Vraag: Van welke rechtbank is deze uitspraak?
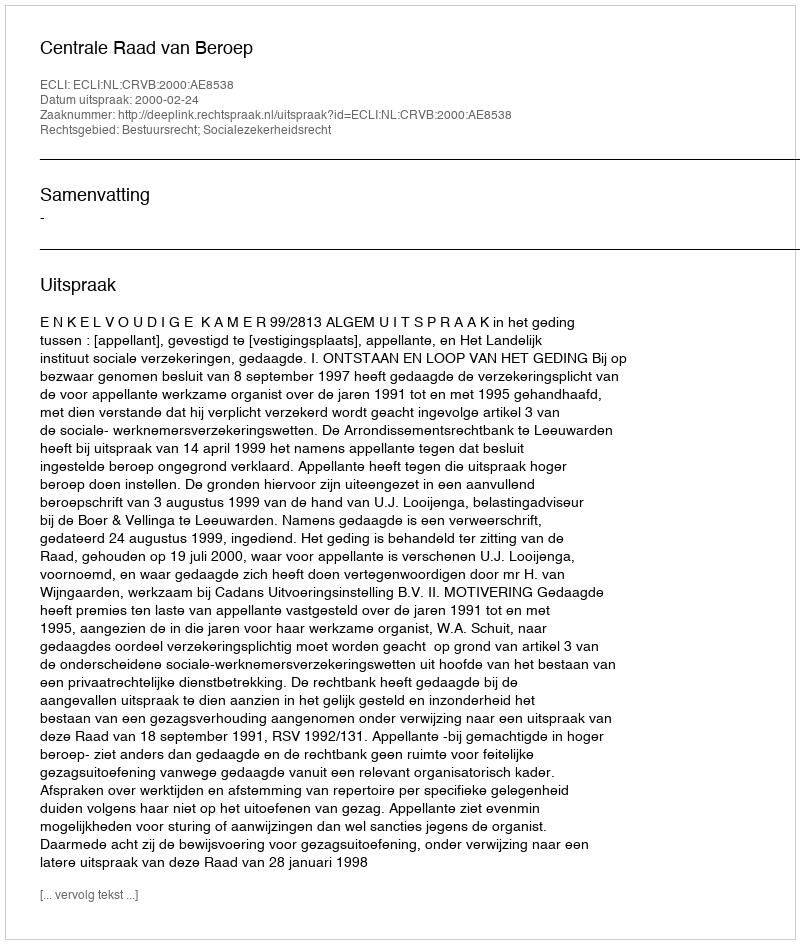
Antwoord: Centrale Raad van Beroep